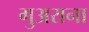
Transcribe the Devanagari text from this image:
गुअराना